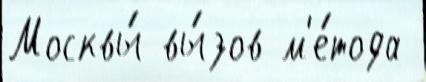
Москвы́ вы́зов м'е́тода